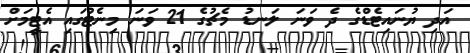
އަދި ޔުނައިޓެޑްގެ ދެ ވަނަ ލަނޑު މެޗުގެ 21 ވަނަ މިނެޓުގައި އެޓީމަށް